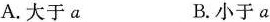
A.大于a B.小于a